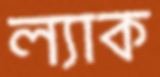
ল্যাক